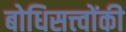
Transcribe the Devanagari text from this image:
बोधिसत्त्‍वोंकी